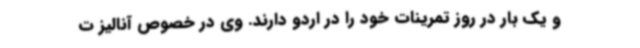
و یک بار در روز تمرینات خود را در اردو دارند. وی در خصوص آنالیز ت